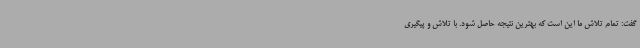
گفت: تمام تلاش ما این است که بهترین نتیجه حاصل شود. با تلاش و پیگیری